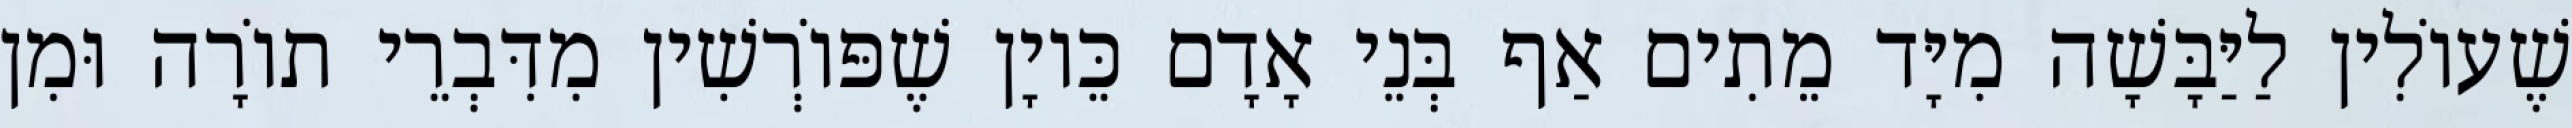
שֶׁעוֹלִין לַיַּבָּשָׁה מִיָּד מֵתִים אַף בְּנֵי אָדָם כֵּיוָן שֶׁפּוֹרְשִׁין מִדִּבְרֵי תוֹרָה וּמִן